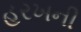
હરખની